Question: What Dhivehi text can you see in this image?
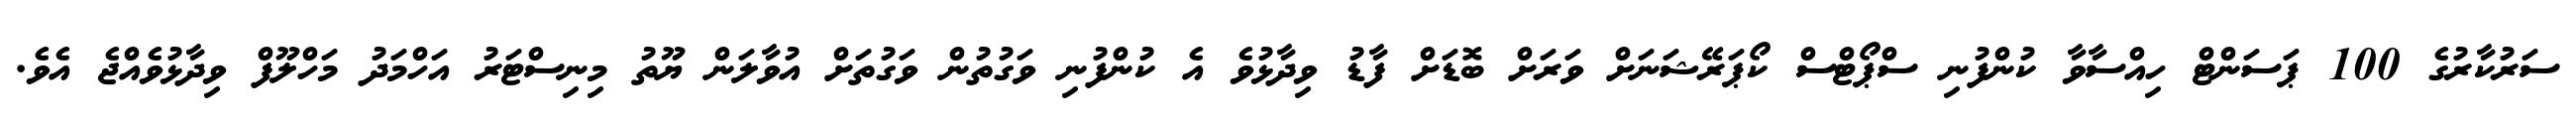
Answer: ސަރުކާރުގެ 100 ޕަސަންޓް ހިއްސާވާ ކުންފުނި ސްޕޯޓްސް ކޯޕަރޭޝަނަށް ވަރަށް ބޮޑަށް ފާޑު ވިދާޅުވެ އެ ކުންފުނި ވަގުތުން ވަގުތަށް އުވާލަން ޔޫތު މިނިސްޓަރު އަހްމަދު މަހްލޫފް ވިދާޅުވެއްޖެ އެވެ.